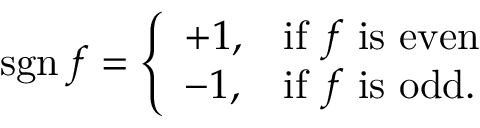
\operatorname { s g n } f = { \left\{ \begin{array} { l l } { + 1 , } & { { \mathrm { i f ~ } } f { \mathrm { ~ i s ~ e v e n } } } \\ { - 1 , } & { { \mathrm { i f ~ } } f { \mathrm { ~ i s ~ o d d } } . } \end{array} \right. }